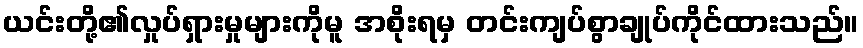
ယင်းတို့၏လှုပ်ရှားမှုများကိုမူ အစိုးရမှ တင်းကျပ်စွာချုပ်ကိုင်ထားသည်။